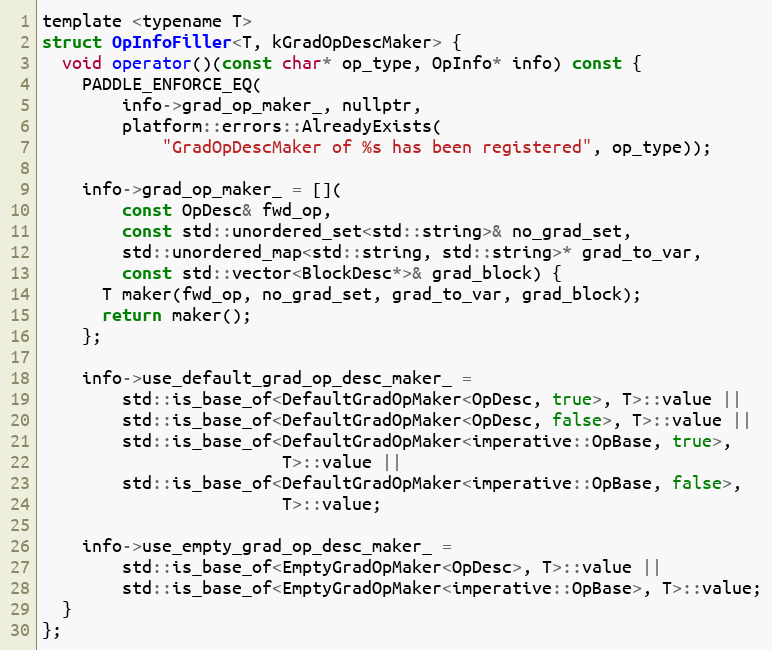
Language: C
template <typename T>
struct OpInfoFiller<T, kGradOpDescMaker> {
  void operator()(const char* op_type, OpInfo* info) const {
    PADDLE_ENFORCE_EQ(
        info->grad_op_maker_, nullptr,
        platform::errors::AlreadyExists(
            "GradOpDescMaker of %s has been registered", op_type));

    info->grad_op_maker_ = [](
        const OpDesc& fwd_op,
        const std::unordered_set<std::string>& no_grad_set,
        std::unordered_map<std::string, std::string>* grad_to_var,
        const std::vector<BlockDesc*>& grad_block) {
      T maker(fwd_op, no_grad_set, grad_to_var, grad_block);
      return maker();
    };

    info->use_default_grad_op_desc_maker_ =
        std::is_base_of<DefaultGradOpMaker<OpDesc, true>, T>::value ||
        std::is_base_of<DefaultGradOpMaker<OpDesc, false>, T>::value ||
        std::is_base_of<DefaultGradOpMaker<imperative::OpBase, true>,
                        T>::value ||
        std::is_base_of<DefaultGradOpMaker<imperative::OpBase, false>,
                        T>::value;

    info->use_empty_grad_op_desc_maker_ =
        std::is_base_of<EmptyGradOpMaker<OpDesc>, T>::value ||
        std::is_base_of<EmptyGradOpMaker<imperative::OpBase>, T>::value;
  }
};